Annual administration report of the Civil Veterinary Department of India - 1895-1896
Year: 1895
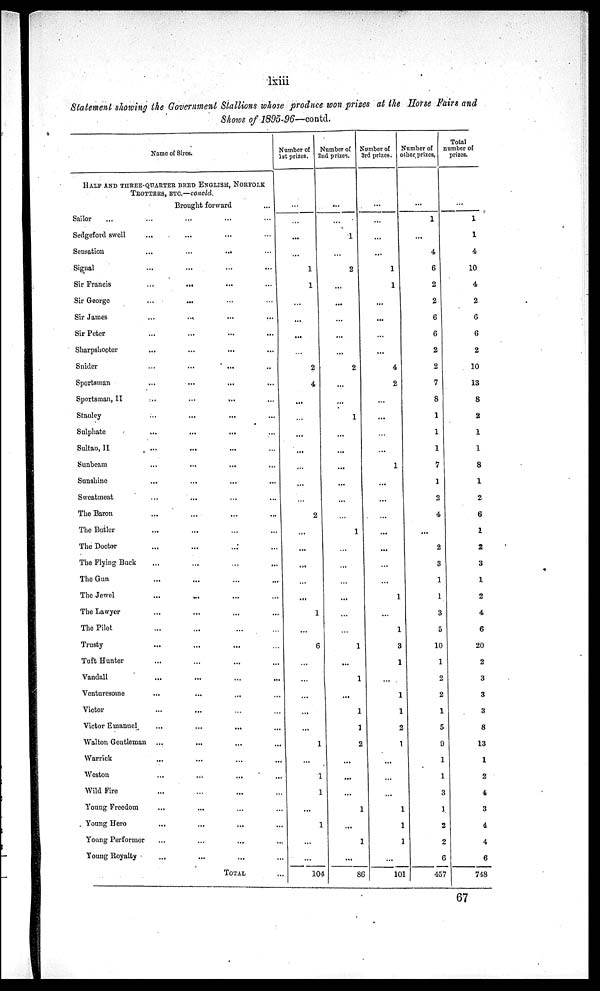
lxiii
Statement allowing the Government Stallions whose produce won prizes at the Horse Fairs and
Shows of 1895-96—contd.
Name of Sires.
HALF AND THREE-QUARTER BRED ENGLISH, NORFOLK
TROTTERS ETC.-contd.
Brought forward
Sailor
...
...
... ...
Sedgeford swell
...
...
...
Sensation
...
...
...
Signal
...
...
...
...
Sir Francis
...
...
...
Sir George
...
... ... ...
Sir James
...
...
...
...
Sir Peter
...
...
...
Sharpshooter
...
...
...
...
Snider
...
...
...
Sportsman
...
...
...
Sportsman, II
...
...
...
...
Stanley
...
...
...
Sulphate
...
...
... ...
Sultau,
II
...
... ...
Sunbeam
...
...
...
...
Sunshine
...
...
Sweatmeat
... ... ....
The Baron
...
...
...
The Butler
...
...
...
The Doctor
...
... ...
The Flying Buck
...
...
...
...
The Gun
...
...
...
...
The Jewel
...
... ...
The Lawyer
...
... ...
The Pilot
...
... ...
Trusty
...
...
...
Tuft Hunter
...
...
Vandall
...
...
...
...
Venturesome
...
...
...
Victor
... ... ... ...
Victor Emanuel
...
...
...
...
Walton Gentleman ...
...
...
...
Warrick
...
...
...
...
Weston .... .... ....
Wild Fire..
...
...
Young Freedom
...
... ... ...
Young Hero...
...
... ...
Young Performer
..
...
Young Royalty
...
...
...
TOTAL
Number of
1st prizes.
...
...
...
1
1
...
...
...
...
2
4
...
...
...
...
...
...
2
...
...
...
.....
1
...
6
...
...
1
1
1
...
1
... ...
104
Number of
2nd prizes.
...
...
1
...
2
...
...
...
...
...
2
...
...
1
...
...
...
...
...
...
1
...
...
...
...
...
...
1
...
1
...
1
1
2
...
1
...
1
...
86
Number of
3rd
prizes.
...
...
...
1
1
...
...
...
4
2
...
...
...
...
1
...
...
...
...
...
...
...
1
...
1
3
1
1
1
2
1
...
...
...
1
1
1
...
101
Number of
other prizes.
...
1
...
4
6
2
2
6
6
2
2
7
8
1
1
1
1
1
2
4
...
2
3
1
1
3
5
10
1
2
2
1
5
9
1
1
3
1
2
2
6
457
Total
number of
prizes.
...
1
1
4
10
4
2
6
6
2
10
13
8
2
1
1
8
1
2
6
1
2
3
1
2
4
6
20
2
3
3
3
8
13
1
2
4
3
4
4
6
748
67